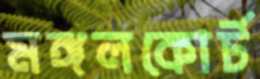
মঙ্গলকোর্ট